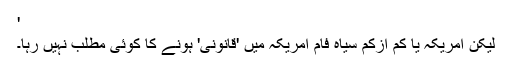
'
لیکن امریکہ یا کم ازکم سیاہ فام امریکہ میں 'قانونی' ہونے کا کوئی مطلب نہیں رہا۔